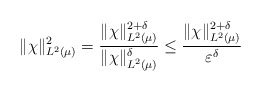
\begin{align*} \|\chi\|_{L^2(\mu)} ^2 = \frac{\|\chi\|_{L^2(\mu)}^{2 + \delta}}{\|\chi\|_{L^2(\mu)}^{ \delta}} \leq \frac{\|\chi\|_{L^2(\mu)}^{2 + \delta}}{\varepsilon^\delta}\end{align*}